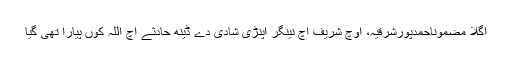
اگلا مضموناحمدپورشرقیہ، اوچ شریف اچ نینگر اپنڑی شادی دے ڈینھ حادثے اچ اللہ کوں پیارا تھی گیا